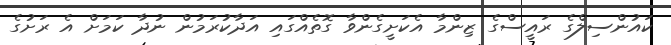
ކައުންސިލްގެ ރައީސްގެ ޒިންމާ އެކަށީގެންވާ ގޮތެއްގައި އަދާކުރަމުން ނުދާ ކަމަށް އެ ރަށުގެ